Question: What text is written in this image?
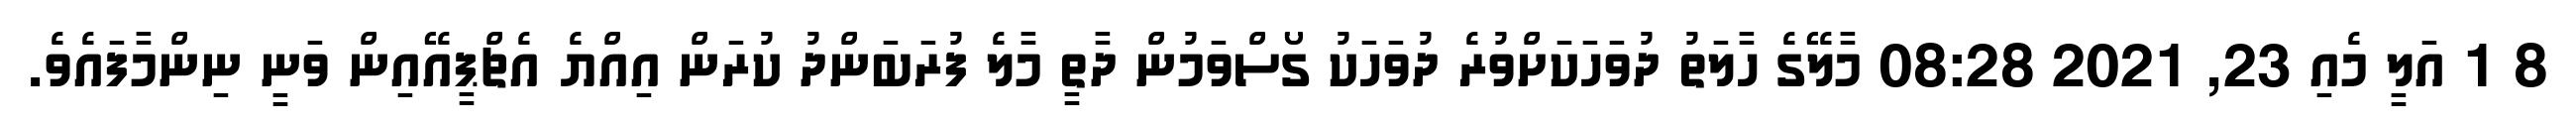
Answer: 8 1 އަލީ މެއި 23, 2021 08:28 މާލޭގެ ހާލަތު ދުވަހަކަށްވުރެ ދުވަހަކު ގޯސްވަމުން ދާތީ މާލެ ފުރަބަންދު ކުރަން އިއްޔެ އެޗްޕީއޭއިން ވަނީ ނިންމާފައެވެ.